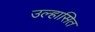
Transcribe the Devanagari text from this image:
उल्हासित